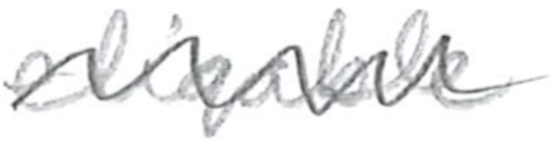
Text: eligible
Cross-out: mix
Writing tool: pencil